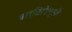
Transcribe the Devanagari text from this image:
बार्बिरोल्ली